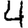
Digit: 4